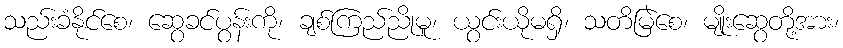
သည်းခံနိုင်စေ၊ ဆွေခင်ပွန်းကို၊ ချစ်ကြည်ညိုမူ၊ ယွင်းယိုမရှိ၊ သတိမြဲစေ၊ မျိုးဆွေတို့အား၊